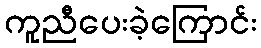
ကူညီပေးခဲ့ကြောင်း